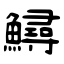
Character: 鱘